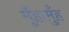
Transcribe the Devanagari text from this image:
मुँहामुँह